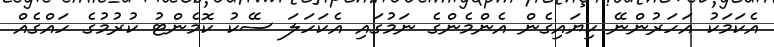
އެކަމަކު އަހަރުންނޭ ކިޔައިގެން އެންމެންގެ ނަމުގައި އެކަހަލަ ސޭކު ކޮމެންޓު ކުރުމުގެ ހައްގެއް